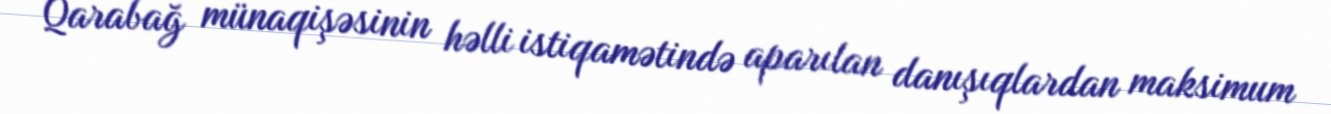
Qarabağ münaqişəsinin həlli istiqamətində aparılan danışıqlardan maksimum